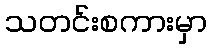
သတင်းစကားမှာ